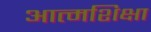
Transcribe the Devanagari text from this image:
आत्मशिक्षा